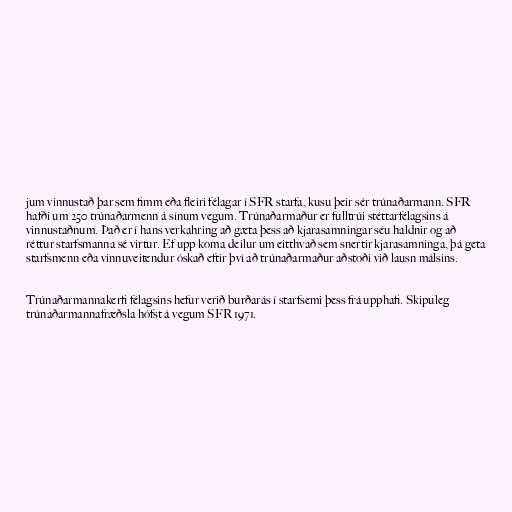
jum vinnustað þar sem fimm eða fleiri félagar í SFR starfa, kusu þeir sér trúnaðarmann. SFR
hafði um 250 trúnaðarmenn á sínum vegum. Trúnaðarmaður er fulltrúi stéttarfélagsins á
vinnustaðnum. Það er í hans verkahring að gæta þess að kjarasamningar séu haldnir og að
réttur starfsmanna sé virtur. Ef upp koma deilur um eitthvað sem snertir kjarasamninga, þá geta
starfsmenn eða vinnuveitendur óskað eftir því að trúnaðarmaður aðstoði við lausn málsins.

Trúnaðarmannakerfi félagsins hefur verið burðarás í starfsemi þess frá upphafi. Skipuleg
trúnaðarmannafræðsla hófst á vegum SFR 1971.